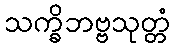
သက္ခိဘဗ္ဗသုတ္တံ